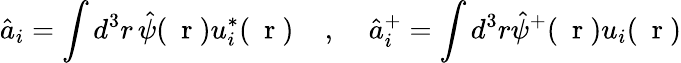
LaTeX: \hat{a}_{i}=\int d^{3}r\, \hat{\psi}(\mathrm{~\mathbf~r~})u_{i}^{*}(\mathrm{~\mathbf~r~})\; \; \; \; ,\; \; \; \; \hat{a}_{i}^{+}=\int d^{3}r\hat{\psi}^{+}(\mathrm{~\mathbf~r~})u_{i}(\mathrm{~\mathbf~r~})